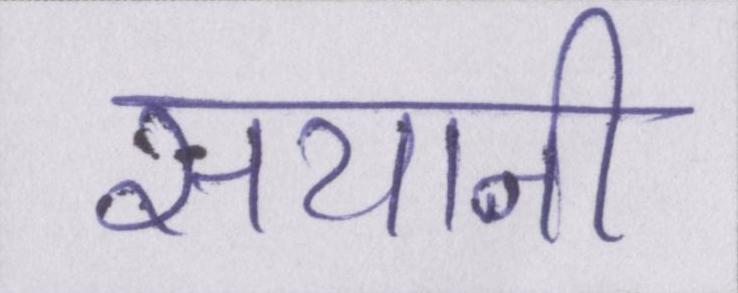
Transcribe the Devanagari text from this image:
सयानी